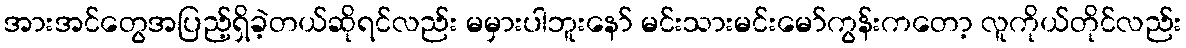
အားအင်တွေအပြည့်ရှိခဲ့တယ်ဆိုရင်လည်း မမှားပါဘူးနော် မင်းသားမင်းမော်ကွန်းကတော့ လူကိုယ်တိုင်လည်း